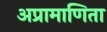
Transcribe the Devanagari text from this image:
अप्रामाणिता